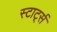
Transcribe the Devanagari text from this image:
स्टार्ट्स